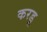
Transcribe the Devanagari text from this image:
करडू